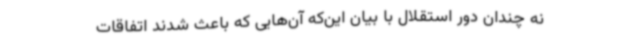
نه چندان دور استقلال با بیان این‌که آن‌هایی که باعث شدند اتفاقات